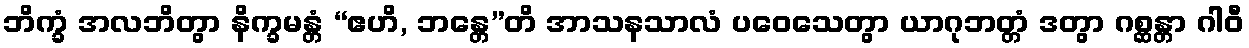
ဘိက္ခံ အလဘိတွာ နိက္ခမန္တံ “ဧဟိ, ဘန္တေ”တိ အာသနသာလံ ပဝေသေတွာ ယာဂုဘတ္တံ ဒတွာ ဂစ္ဆန္တာ ဂါဝီ